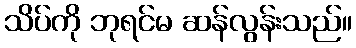
သိပ်ကို ဘုရင်မ ဆန်လွန်းသည်။